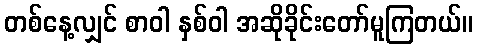
တစ်နေ့လျှင် စာဝါ နှစ်ဝါ အဆိုခိုင်းတော်မူကြတယ်။